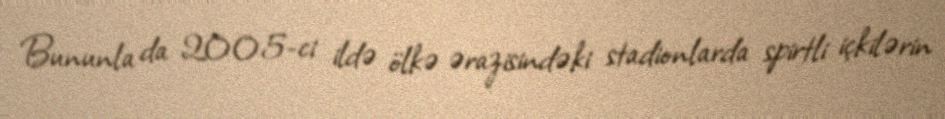
Bununla da 2005-ci ildə ölkə ərazisindəki stadionlarda spirtli içkilərin